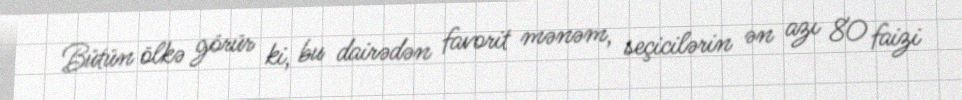
Bütün ölkə görür ki, bu dairədən favorit mənəm, seçicilərin ən azı 80 faizi